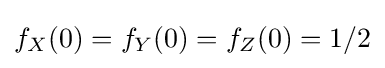
f_{X}(0)=f_{Y}(0)=f_{Z}(0)=1/2